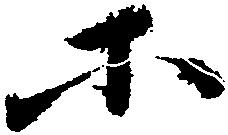
所